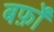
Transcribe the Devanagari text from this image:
बर्फ़ों